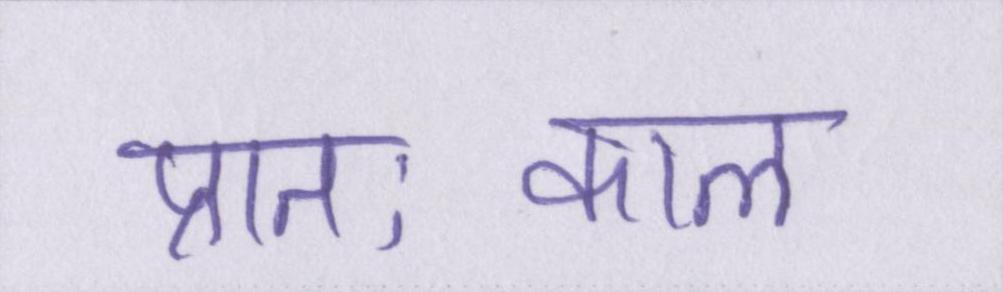
प्रातःकाल